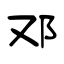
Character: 邓